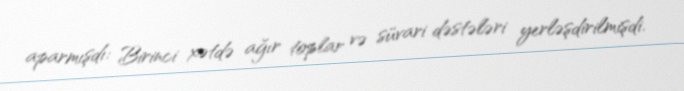
aparmışdı: Birinci xətdə ağır toplar və süvari dəstələri yerləşdirilmişdi.